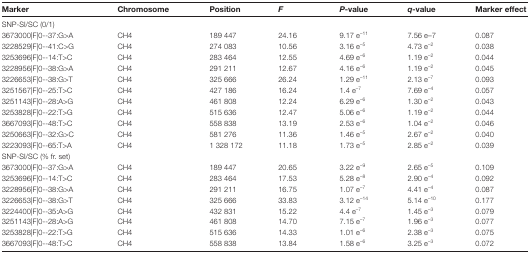
<table><thead><tr><td><b>Marker</b></td><td><b>Chromosome</b></td><td><b>Position</b></td><td><b><i>F</i></b></td><td><b><i>P</i>-value</b></td><td><b><i>q</i>-value</b></td><td><b>Marker effect</b></td></tr></thead><tbody><tr><td colspan="7">SNP-SI/SC (0/1)</td></tr><tr><td>3673000|F|0--37:G&gt;A</td><td>CH4</td><td>189 447</td><td>24.16</td><td>9.17 e<sup>–11</sup></td><td>7.56 e–7</td><td>0.087</td></tr><tr><td>3228529|F|0--41:C&gt;G</td><td>CH4</td><td>274 083</td><td>10.56</td><td>3.16 e<sup>–5</sup></td><td>4.73 e<sup>–2</sup></td><td>0.038</td></tr><tr><td>3253696|F|0--14:T&gt;C</td><td>CH4</td><td>283 464</td><td>12.55</td><td>4.69 e<sup>–6</sup></td><td>1.19 e<sup>–2</sup></td><td>0.044</td></tr><tr><td>3228956|F|0--38:G&gt;A</td><td>CH4</td><td>291 211</td><td>12.67</td><td>4.16 e<sup>–6</sup></td><td>1.19 e<sup>–2</sup></td><td>0.045</td></tr><tr><td>3226653|F|0--38:G&gt;T</td><td>CH4</td><td>325 666</td><td>26.24</td><td>1.29 e<sup>–11</sup></td><td>2.13 e<sup>–7</sup></td><td>0.093</td></tr><tr><td>3251567|F|0--25:T&gt;C</td><td>CH4</td><td>427 186</td><td>16.24</td><td>1.4 e<sup>–7</sup></td><td>7.69 e<sup>–4</sup></td><td>0.057</td></tr><tr><td>3251143|F|0--28:A&gt;G</td><td>CH4</td><td>461 808</td><td>12.24</td><td>6.29 e<sup>–6</sup></td><td>1.30 e<sup>–2</sup></td><td>0.043</td></tr><tr><td>3253828|F|0--22:T&gt;G</td><td>CH4</td><td>515 636</td><td>12.47</td><td>5.06 e<sup>–6</sup></td><td>1.19 e<sup>–2</sup></td><td>0.044</td></tr><tr><td>3667093|F|0--48:T&gt;C</td><td>CH4</td><td>558 838</td><td>13.19</td><td>2.53 e<sup>–6</sup></td><td>1.04 e<sup>–2</sup></td><td>0.046</td></tr><tr><td>3250663|F|0--32:G&gt;C</td><td>CH4</td><td>581 276</td><td>11.36</td><td>1.46 e<sup>–5</sup></td><td>2.67 e<sup>–2</sup></td><td>0.040</td></tr><tr><td>3223093|F|0--65:T&gt;A</td><td>CH4</td><td>1 328 172</td><td>11.18</td><td>1.73 e<sup>–5</sup></td><td>2.85 e<sup>–2</sup></td><td>0.039</td></tr><tr><td colspan="7">SNP-SI/SC (% fr. set)</td></tr><tr><td>3673000|F|0--37:G&gt;A</td><td>CH4</td><td>189 447</td><td>20.65</td><td>3.22 e<sup>–9</sup></td><td>2.65 e<sup>–5</sup></td><td>0.109</td></tr><tr><td>3253696|F|0--14:T&gt;C</td><td>CH4</td><td>283 464</td><td>17.53</td><td>5.28 e<sup>–8</sup></td><td>2.90 e<sup>–4</sup></td><td>0.092</td></tr><tr><td>3228956|F|0--38:G&gt;A</td><td>CH4</td><td>291 211</td><td>16.75</td><td>1.07 e<sup>–7</sup></td><td>4.41 e<sup>–4</sup></td><td>0.087</td></tr><tr><td>3226653|F|0--38:G&gt;T</td><td>CH4</td><td>325 666</td><td>33.83</td><td>3.12 e<sup>–14</sup></td><td>5.14 e<sup>–10</sup></td><td>0.177</td></tr><tr><td>3224400|F|0--35:A&gt;G</td><td>CH4</td><td>432 831</td><td>15.22</td><td>4.4 e<sup>–7</sup></td><td>1.45 e<sup>–3</sup></td><td>0.079</td></tr><tr><td>3251143|F|0--28:A&gt;G</td><td>CH4</td><td>461 808</td><td>14.70</td><td>7.15 e<sup>–7</sup></td><td>1.96 e<sup>–3</sup></td><td>0.077</td></tr><tr><td>3253828|F|0--22:T&gt;G</td><td>CH4</td><td>515 636</td><td>14.33</td><td>1.01 e<sup>–6</sup></td><td>2.38 e<sup>–3</sup></td><td>0.075</td></tr><tr><td>3667093|F|0--48:T&gt;C</td><td>CH4</td><td>558 838</td><td>13.84</td><td>1.58 e<sup>–6</sup></td><td>3.25 e<sup>–3</sup></td><td>0.072</td></tr></tbody></table>